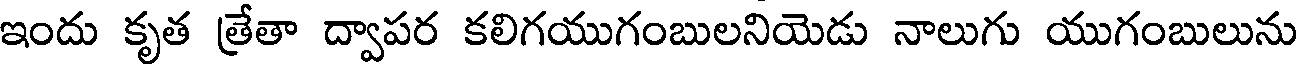
ఇందు కృత త్రేతా ద్వాపర కలిగయుగంబులనియెడు నాలుగు యుగంబులును